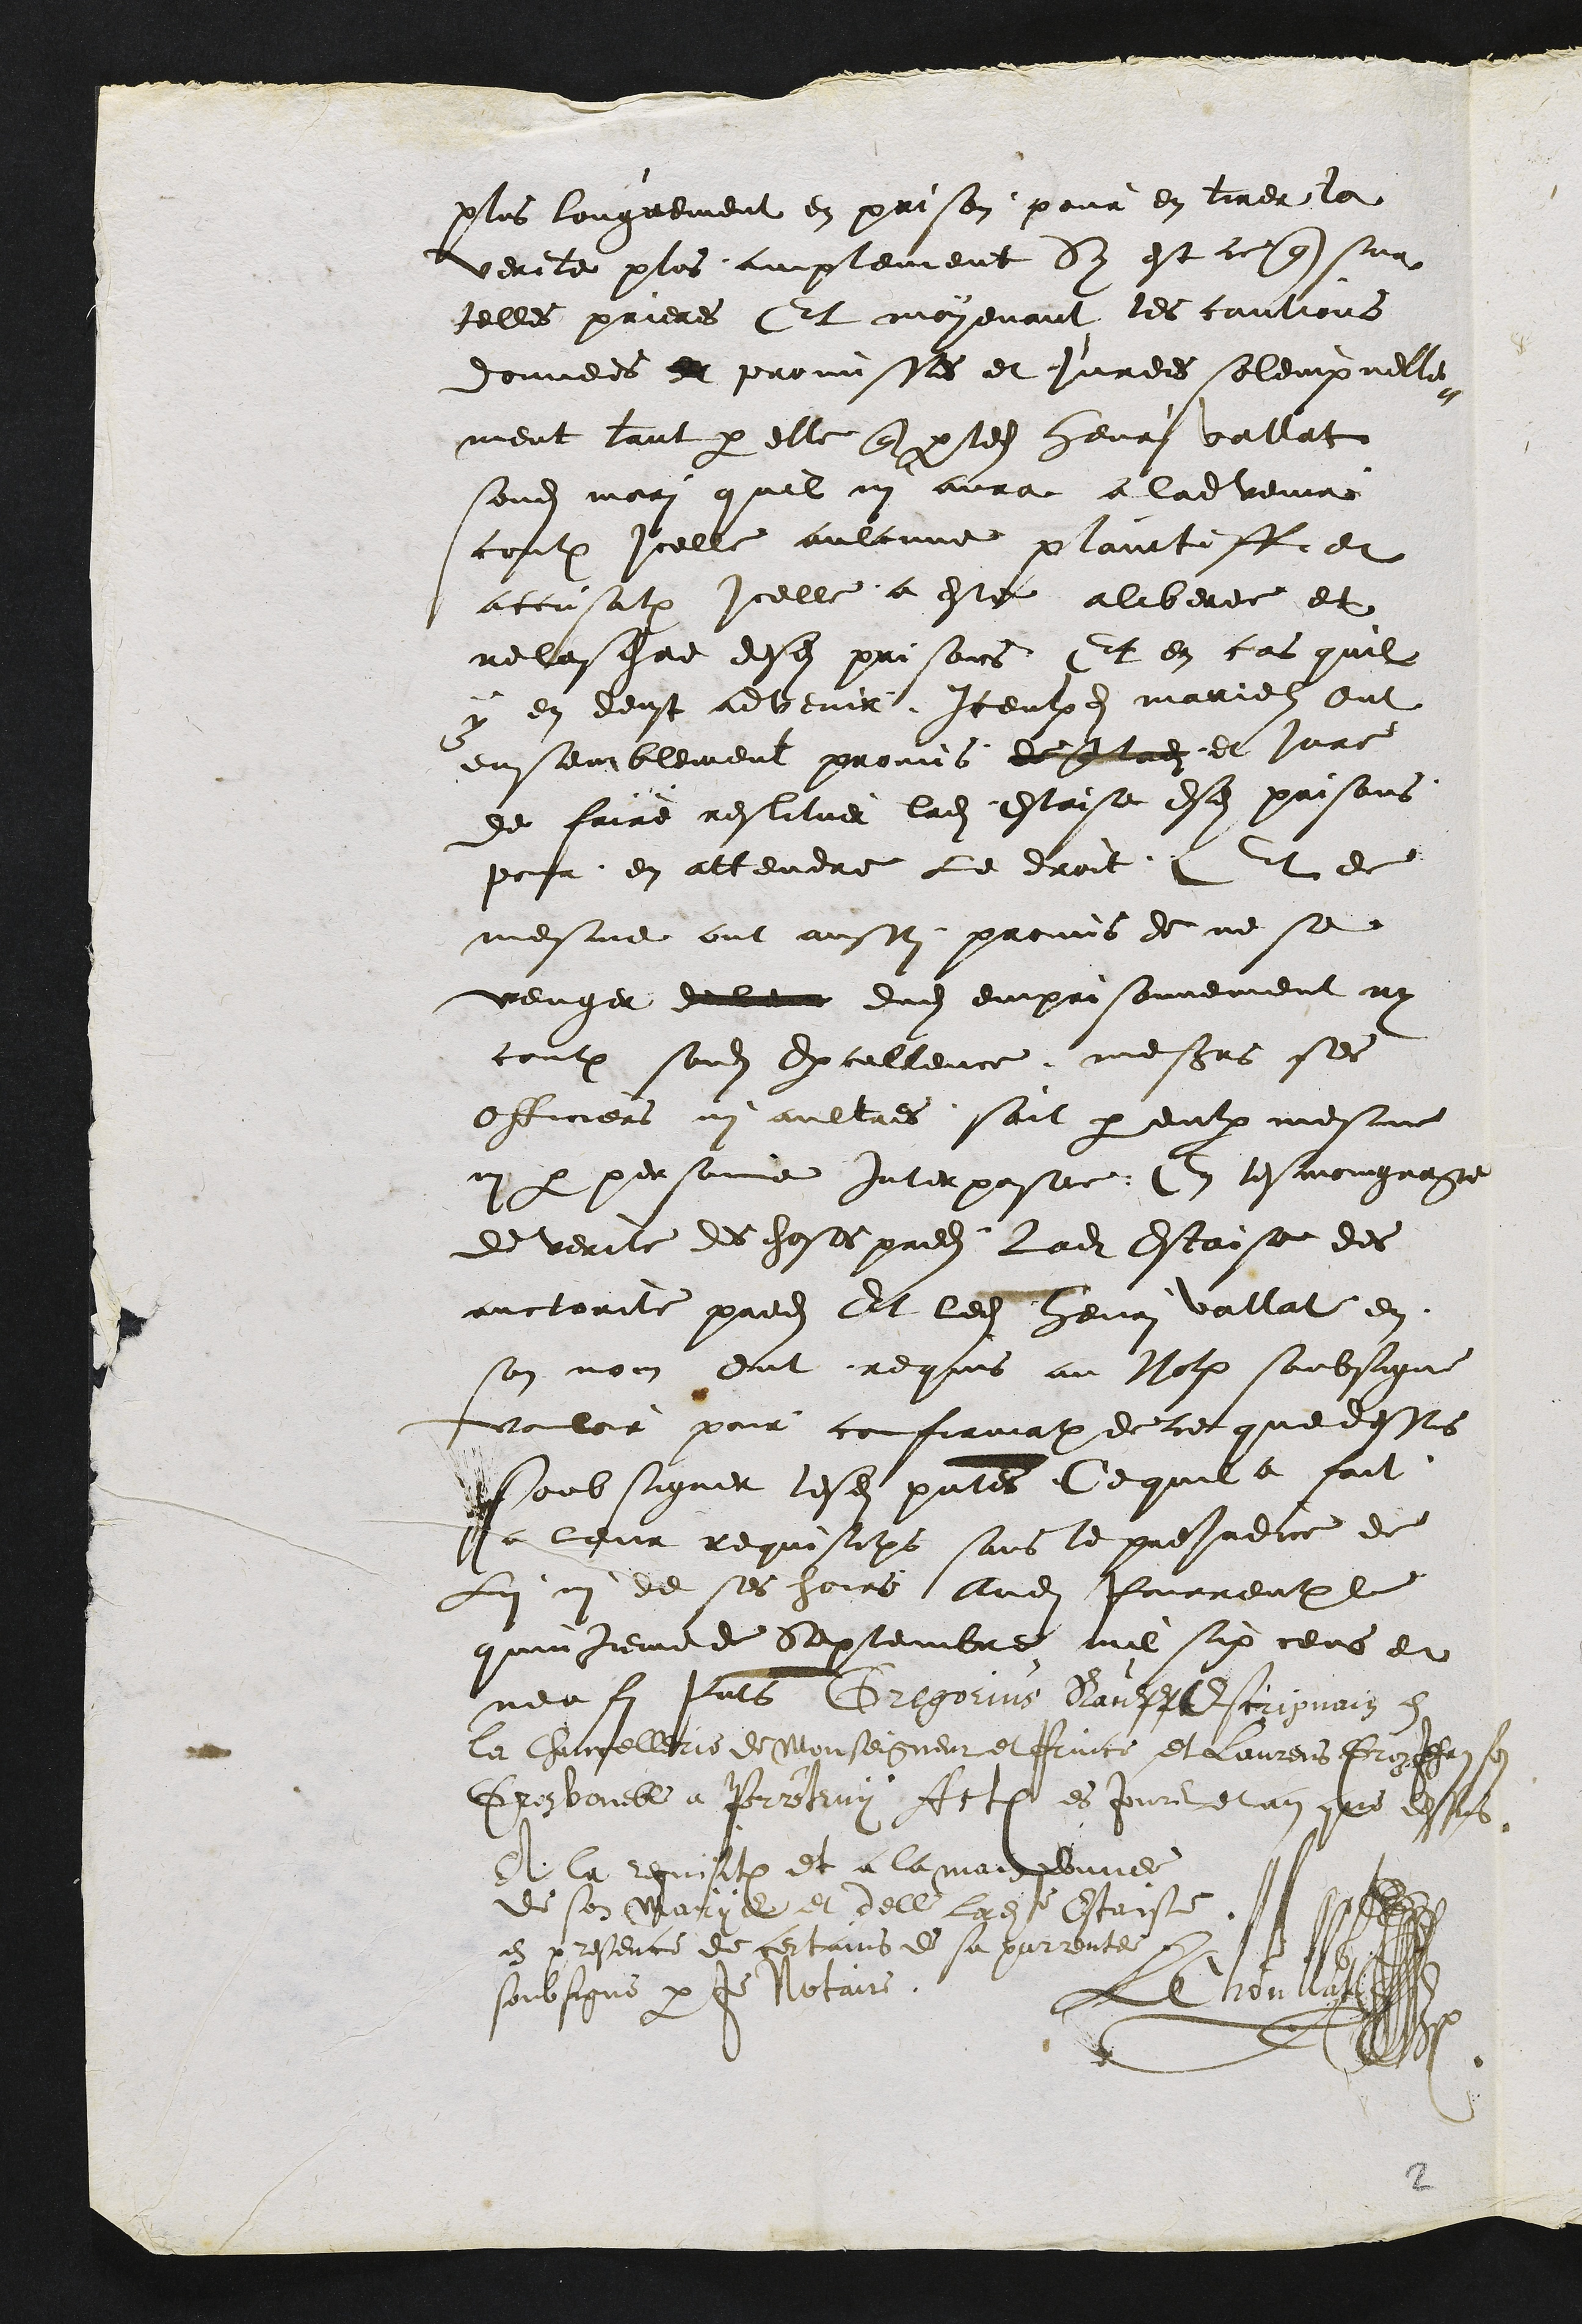
plus longuement en prison pour en tirer la
verite plus amplement Sy est ce que sur
telles prieres Et moyenant les cautions
donnees promisses et jurees solempnelle¬
ment tant par elle que par ledit Henri vallat
sondit mari quil ni aura a ladvenir
contre Icelle aulcune plaintiff et
accusation icelle a este aliberee et
relaschee desdites prisons Et en cas quil
y en deust advenir Iceulxdits marielz ont
ensemblement promis et jure
de faire restituer ladite Estaisse esdites prisons
pour en attendre le droit. Et de
mesme ont aussy promis de ne se
venger dudit emprisonnement ny
contre sondit Excellence, messieurs ses
Officiers ni aultres, soit par eulx mesme
ny par personne interposee, En tesmoingnage
de verite des choses predites ladite Estaise des
auctorite predites Et ledit henri vallat en
son nom ont requis au Notaire soubsigne
vouloir pour confirmation de ce que dessus
Soubsigner lesdits presentes Ce quil a fait
a leur requisitions sans le prejudice de
Lui ni de ses hoirs Audit Pourrentruy
quinzieme de Septembre mil six cens et
neuff presents Gregorius Rauff Escripvain en
la Chancellerie de Monseigneur et Prince et Laurens Groz Jehan son
Gros voueble a Porrentruy Actum es jours et an que dessus
A la requisition et a la main donnee
de son Marys et delle Ladite Estaise
en presence de certains de sa parrentee
soubsigne par Je Notaire
LChoullat

2